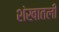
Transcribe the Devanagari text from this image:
शंखातली